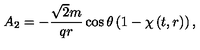
A _ { 2 } = - \frac { \sqrt { 2 } m } { q r } \cos \theta \left( 1 - \chi \left( t , r \right) \right) ,